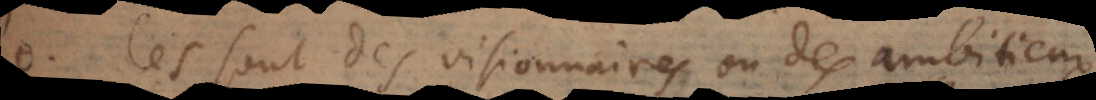
. Ces sont des visionnaires ou des ambitieux